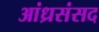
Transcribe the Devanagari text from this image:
आंध्रसंसद